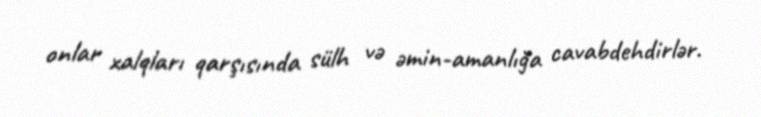
onlar xalqları qarşısında sülh və əmin-amanlığa cavabdehdirlər.